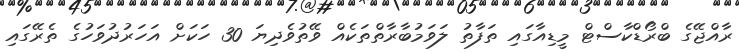
ރާއްޖޭގެ ބްރޯޑްކާސްޓް މީޑިއާގައި ތަފާތު ލަވަމުބާރާތްތަކެއް ވޭތުވެދިޔަ 30 ހަކަށް އަހަރުދުވަހުގެ ތެރޭގައި